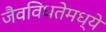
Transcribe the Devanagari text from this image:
जैवविधतेमध्ये